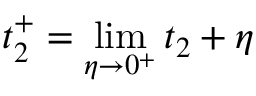
t _ { 2 } ^ { + } = \operatorname* { l i m } _ { \eta \to 0 ^ { + } } t _ { 2 } + \eta